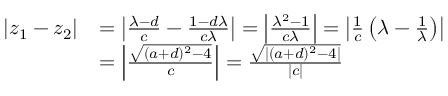
\begin{array} { r l } { | z _ { 1 } - z _ { 2 } | } & { = \left| \frac { \lambda - d } { c } - \frac { 1 - d \lambda } { c \lambda } \right| = \left| \frac { \lambda ^ { 2 } - 1 } { c \lambda } \right| = \left| \frac { 1 } { c } \left( \lambda - \frac { 1 } { \lambda } \right) \right| } \\ & { = \left| \frac { \sqrt { ( a + d ) ^ { 2 } - 4 } } { c } \right| = \frac { \sqrt { | ( a + d ) ^ { 2 } - 4 | } } { | c | } } \end{array}